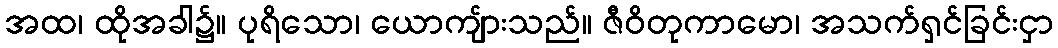
အထ၊ ထိုအခါ၌။ ပုရိသော၊ ယောကျ်ားသည်။ ဇီဝိတုကာမော၊ အသက်ရှင်ခြင်းငှာ